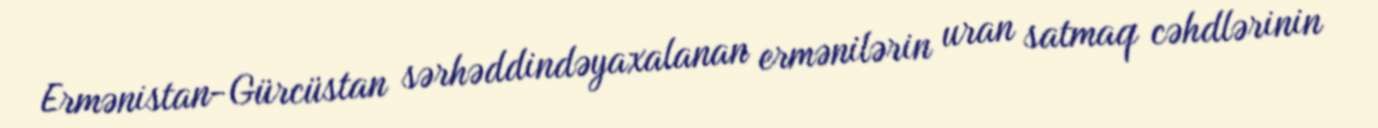
Ermənistan-Gürcüstan sərhəddindəyaxalanan ermənilərin uran satmaq cəhdlərinin